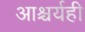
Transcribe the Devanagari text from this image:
आश्चर्यही